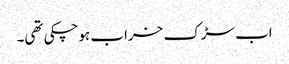
اب سڑک خراب ہوچکی تھی۔